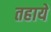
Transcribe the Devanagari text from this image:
तहाये